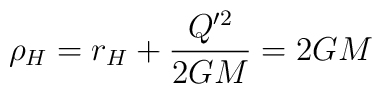
\rho_H = r_H + \frac{Q'^2}{2GM} = 2GM